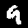
Digit: 9